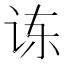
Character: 𫍝